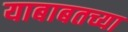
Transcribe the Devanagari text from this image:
याबाबतच्या